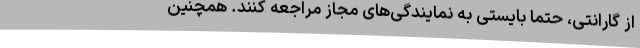
از گارانتی، حتما بایستی به نمایندگی‌های مجاز مراجعه کنند. همچنین